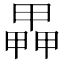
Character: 𤳅